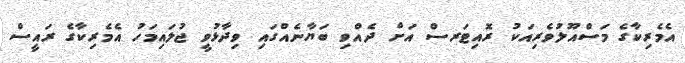
އެމެރިކާގެ މަސްއޫލުވެރިއަކު ރޮއިޓަރސް އަށް ދެއްވި ބަޔާނެއްގައި ވިދާޅުވީ ޖުލައިމަހު އެމެރިކާގެ ރައީސް